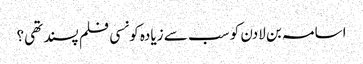
اسامہ بن لادن کو سب سے زیادہ کونسی فلم پسند تھی؟